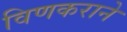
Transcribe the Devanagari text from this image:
विणकराने